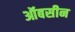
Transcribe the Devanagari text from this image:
ऑबसीन